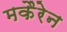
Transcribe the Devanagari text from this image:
मकैरेन